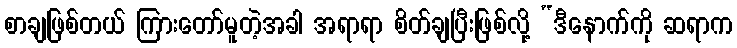
စာချဖြစ်တယ် ကြားတော်မူတဲ့အခါ အရာရာ စိတ်ချပြီးဖြစ်လို့ “ဒီနောက်ကို ဆရာက